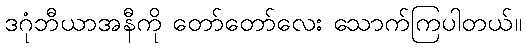
ဒဂုံဘီယာအနီကို တော်တော်လေး သောက်ကြပါတယ်။